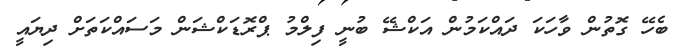
ބެހޭ ގޮތުން ވާހަކަ ދައްކަމުން އަކްޝޭ ބުނީ ފިލްމު ޕްރޮޑަކްޝަން މަސައްކަތަށް ދިޔައީ